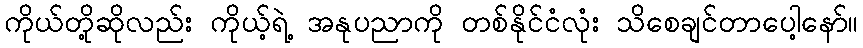
ကိုယ်တို့ဆိုလည်း ကိုယ့်ရဲ့ အနုပညာကို တစ်နိုင်ငံလုံး သိစေချင်တာပေါ့နော်။